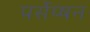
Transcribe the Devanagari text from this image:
पर्सेप्षन